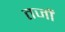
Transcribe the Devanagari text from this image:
तर्जों